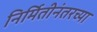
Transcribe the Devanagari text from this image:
निर्मितीनंतरच्‍या